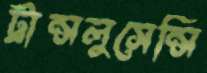
ট্রান্সলুসেন্সি